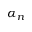
\alpha _ { n }